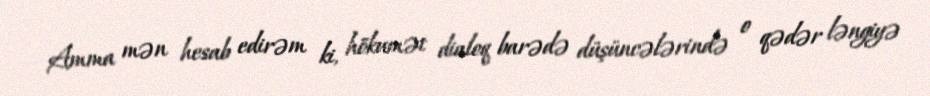
Amma mən hesab edirəm ki, hökumət dialoq barədə düşüncələrində o qədər ləngiyə